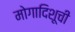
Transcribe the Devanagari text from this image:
मोगादिशूची